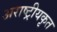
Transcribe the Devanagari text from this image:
अराष्ट्रीयकृत